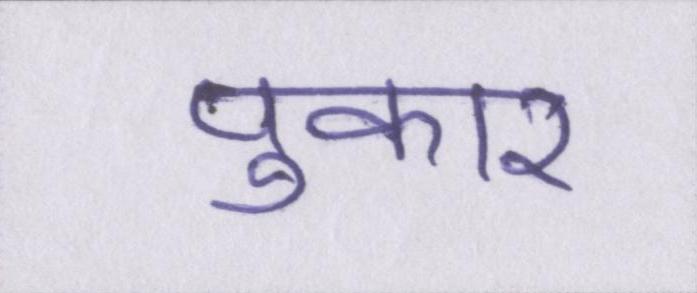
पुकार